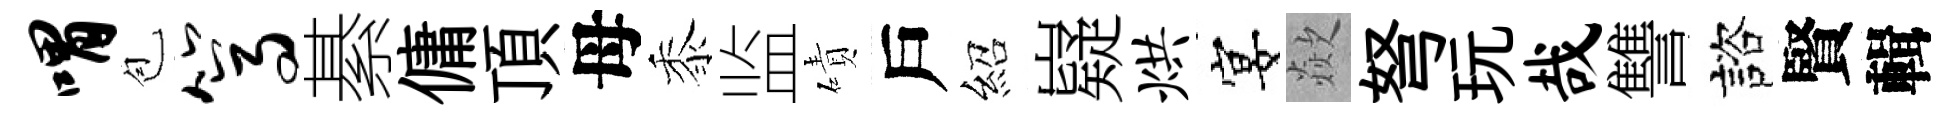
喟苞篙綦傭頂母黍监磧戶紹嶷烘宴歘弩玩哉讐諮賢輯